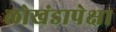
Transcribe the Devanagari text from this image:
लोखंडापेक्षा